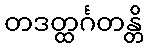
တဒတ္ထင်္ဂတန္တိ